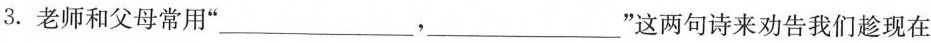
3.老师和父母常用”___，___”这两句诗来劝告我们趁现在